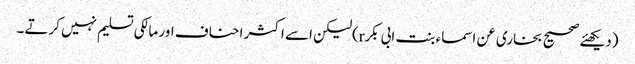
(دیکھئے صحیح بخاری عن اسماء بنت ابی بکرr)لیکن اسے اکثر احناف اور مالکی تسلیم نہیں کرتے۔